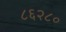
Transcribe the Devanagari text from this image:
८६२८०